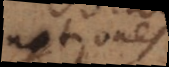
notiones